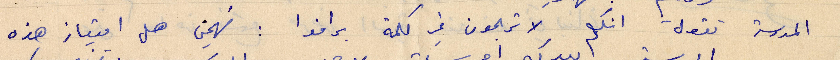
المدرسة تقول انكم لا تراجعون في كلمة برافوا: تهمني هل امتياز هذه